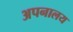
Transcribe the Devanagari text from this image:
अपनालय